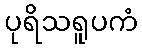
ပုရိသရူပကံ